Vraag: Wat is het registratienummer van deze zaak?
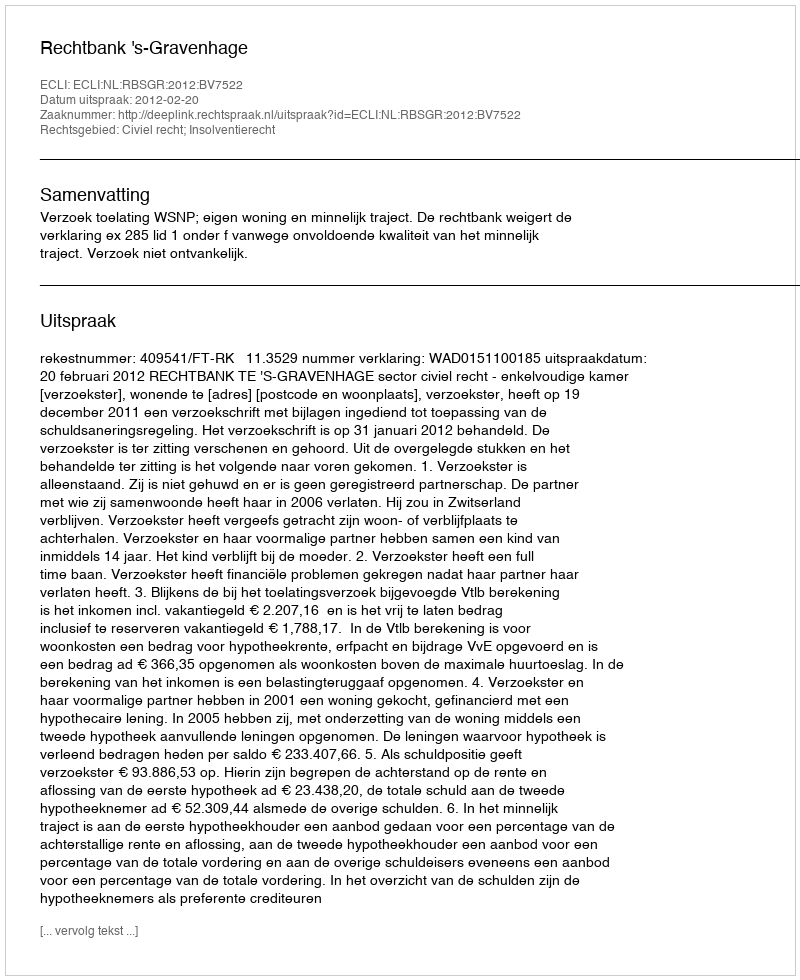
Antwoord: http://deeplink.rechtspraak.nl/uitspraak?id=ECLI:NL:RBSGR:2012:BV7522